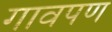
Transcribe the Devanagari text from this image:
गावपण